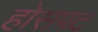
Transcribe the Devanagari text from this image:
होसपट